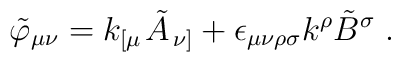
\tilde{\varphi}_{\mu \nu} = k_{\left[ \mu \right.} \tilde{A}_{\left. \nu \right]} +  \epsilon_{\mu \nu \rho \sigma} k^\rho \tilde{B}^\sigma \; .